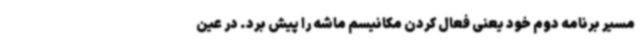
مسیر برنامه دوم خود یعنی فعال کردن مکانیسم ماشه را پیش برد. در عین